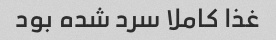
غذا کاملا سرد شده بود